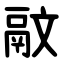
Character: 䰚